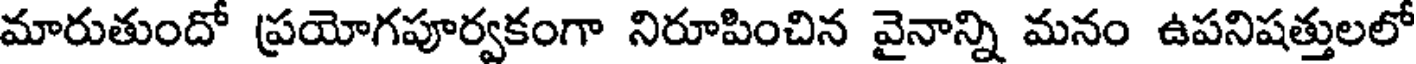
మారుతుందో ప్రయోగపూర్వకంగా నిరూపించిన వైనాన్ని మనం ఉపనిషత్తులలో